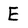
Character: E